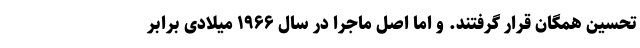
تحسین همگان قرار گرفتند. و اما اصل ماجرا در سال ۱۹۶۶ میلادی برابر